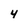
Character: 4